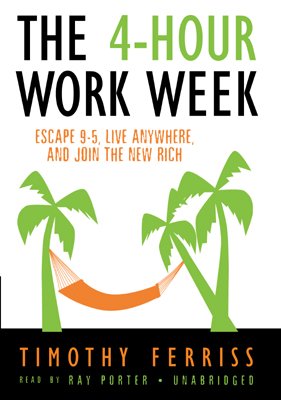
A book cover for The 4-Hour Workweek: Escape 9-5, Live Anywhere, and Join the New Rich; Timothy Ferriss; Self-Help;